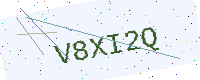
Text: V8XI2Q